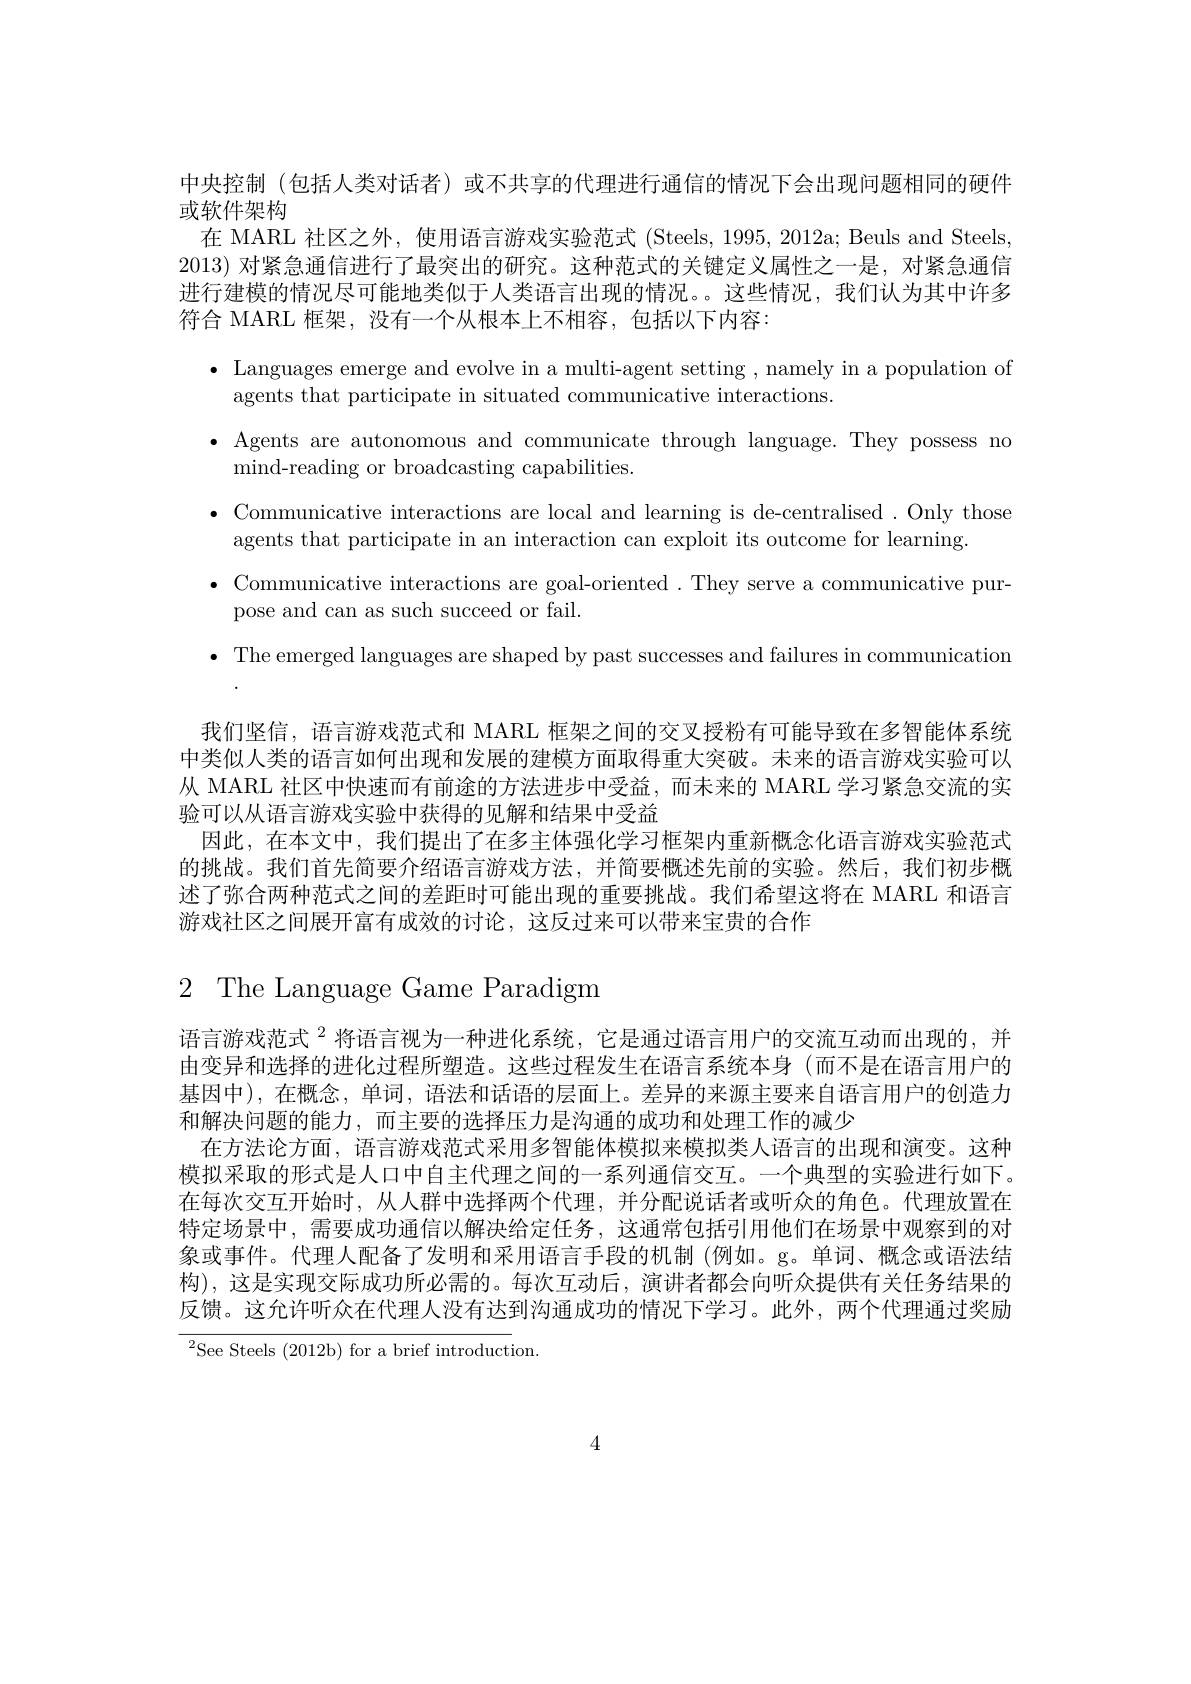
中央控制 (包括人类对话者)或不共享的代理进行通信的情况下会出现问题相同的硬件
或软件架构
在 MARL 社区之外，使用语言游戏实验范式 (Steels, 1995, 2012a; Beuls and Steels, 2013) 对紧急通信进行了最突出的研究。这种范式的关键定义属性之一是，对紧急通信进行建模的情况尽可能地类似于人类语言出现的情况。这些情况，我们认为其中许多符合 MARL 框架，没有一个从根本上不相容，包括以下内容：
$\bullet$ Languages emerge and evolve in a multi-agent setting , namely in a population of
agents that participate in situated communicative interactions.
·Agents are autonomous and communicate through language. They possess no
mind- reading or broadcasting capabilities.
$\bullet$ Communicative interactions are local and learning is de-centralised. Only those
agents that participate in an interaction can exploit its outcome for learning
$\bullet$ Communicative interactions are goal-oriented. They serve a communicative pur-
pose and can as such succeed or fail.
$\bullet$ The emerged languages are shaped by past successes and failures in communication 我们坚信，语言游戏范式和 MARL 框架之间的交叉授粉有可能导致在多智能体系统中类似人类的语言如何出现和发展的建模方面取得重大突破。未来的语言游戏实验可以从 MARL 社区中快速而有前途的方法进步中受益，而未来的 MARL 学习紧急交流的实验可以从语言游戏实验中获得的见解和结果中受益
因此，在本文中，我们提出了在多主体强化学习框架内重新概念化语言游戏实验范式的挑战。我们首先简要介绍语言游戏方法，并简要概述先前的实验。然后，我们初步概述了弥合两种范式之间的差距时可能出现的重要挑战。我们希望这将在 MARL 和语言游戏社区之间展开富有成效的讨论，这反过来可以带来宝贵的合作
2 The Language Game Paradigm

语言游戏范式$^2$将 语 言 视 为 一 种 进 化 系 统 , 它 是 通 过 语 言 用 户 的 交 流 互 动 而 出 现 的 , 并 由变异和选择的进化过程所塑造。这些过程发生在语言系统本身(而不是在语言用户的基因中),在概念，单词，语法和话语的层面上。差异的来源主要来自语言用户的创造力和解决问题的能力，而主要的选择压力是沟通的成功和处理工作的减少
在方法论方面，语言游戏范式采用多智能体模拟来模拟类人语言的出现和演变。这种模拟采取的形式是人口中自主代理之间的一系列通信交互。一个典型的实验进行如下。在每次交互开始时，从人群中选择两个代理，并分配说话者或听众的角色。代理放置在特定场景中，需要成功通信以解决给定任务，这通常包括引用他们在场景中观察到的对象或事件。代理人配备了发明和采用语言手段的机制(例如。g。单词、概念或语法结构),这是实现交际成功所必需的。每次互动后，演讲者都会向听众提供有关任务结果的反馈。这允许听众在代理人没有达到沟通成功的情况下学习。此外，两个代理通过奖励

${}^{2}$See Steels (2012b) for a brief introduction

4